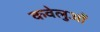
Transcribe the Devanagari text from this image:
कवेलुओं